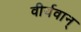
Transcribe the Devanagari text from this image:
वीर्यवान्‌